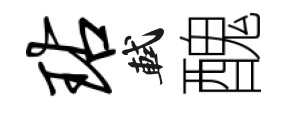
玷軾醜